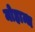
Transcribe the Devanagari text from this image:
मोहान्ध